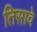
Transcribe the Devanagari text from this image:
तिसावे